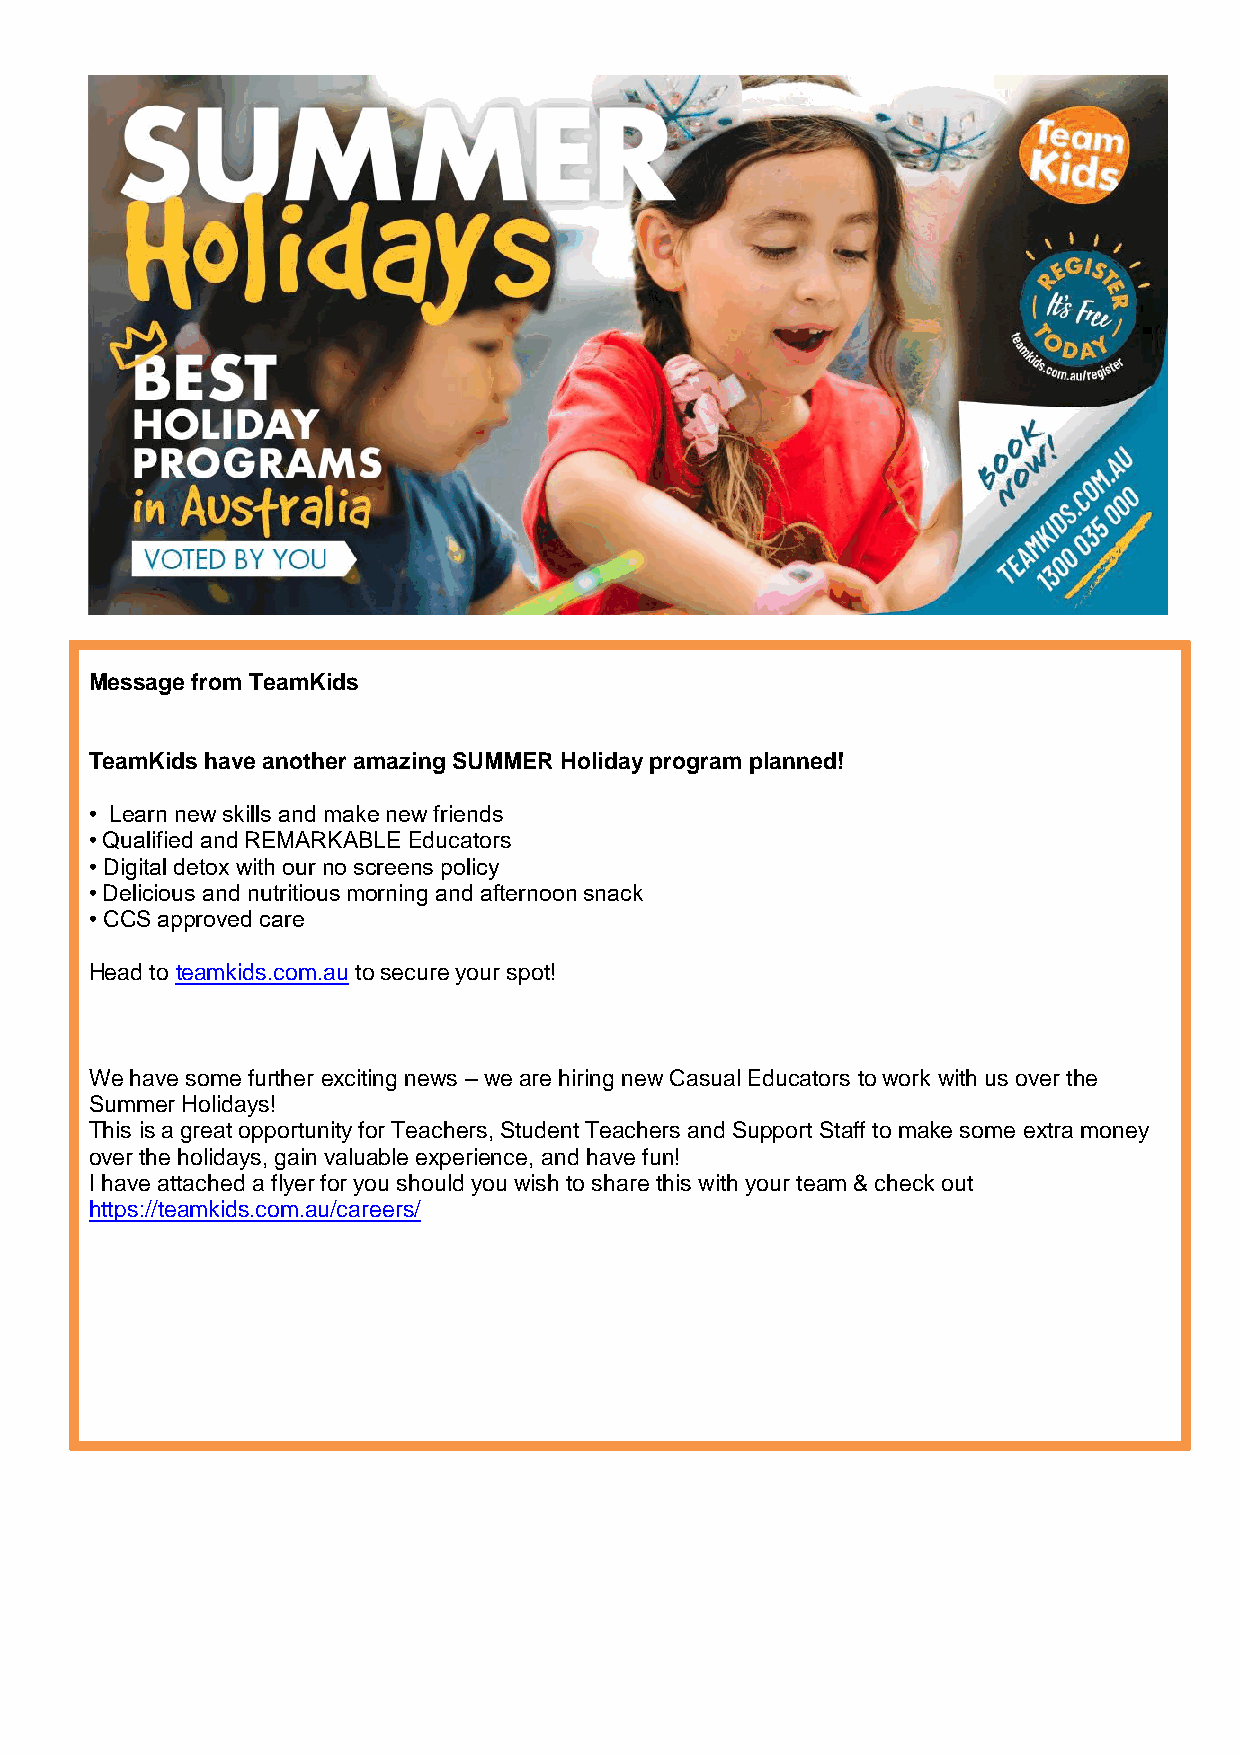
Message from TeamKids
 TeamKids have another amazing SUMMER Holiday program planned!
 • Learn new skills and make new friends
 • Qualified and REMARKABLE Educators
 • Digital detox with our no screens policy
 • Delicious and nutritious morning and afternoon snack
 • CCS approved care
 Head to teamkids.com.au to secure your spot!
 We have some further exciting news – we are hiring new Casual Educators to work with us over the
 Summer Holidays!
 This is a great opportunity for Teachers, Student Teachers and Support Staff to make some extra money
 over the holidays, gain valuable experience, and have fun!
 I have attached a flyer for you should you wish to share this with your team & check out
 https://teamkids.com.au/careers/